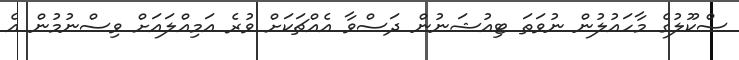
ސްކޫލުގެ މާހައުލުން ނުވަތަ ޓިއުޝަނުން ދަސްވާ އެއްޗަކަށް ވުރެ އަމިއްލައަށް ވިސްނުމުން އެ